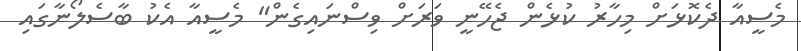
މެސީއާ ދެކޮޅަށް މިހާރު ކުޅެން ޖެހޭނީ ވަަަރަށް ވިސްނައިގެން" މެސީއާ އެކު ބާސެލޯނާގައި